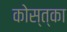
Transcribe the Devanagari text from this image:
कोस्त्का